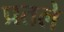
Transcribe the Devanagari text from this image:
प्रतले